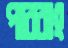
পারবাং